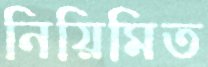
নিয়িমিত